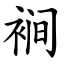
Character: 裥